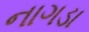
નાગડા